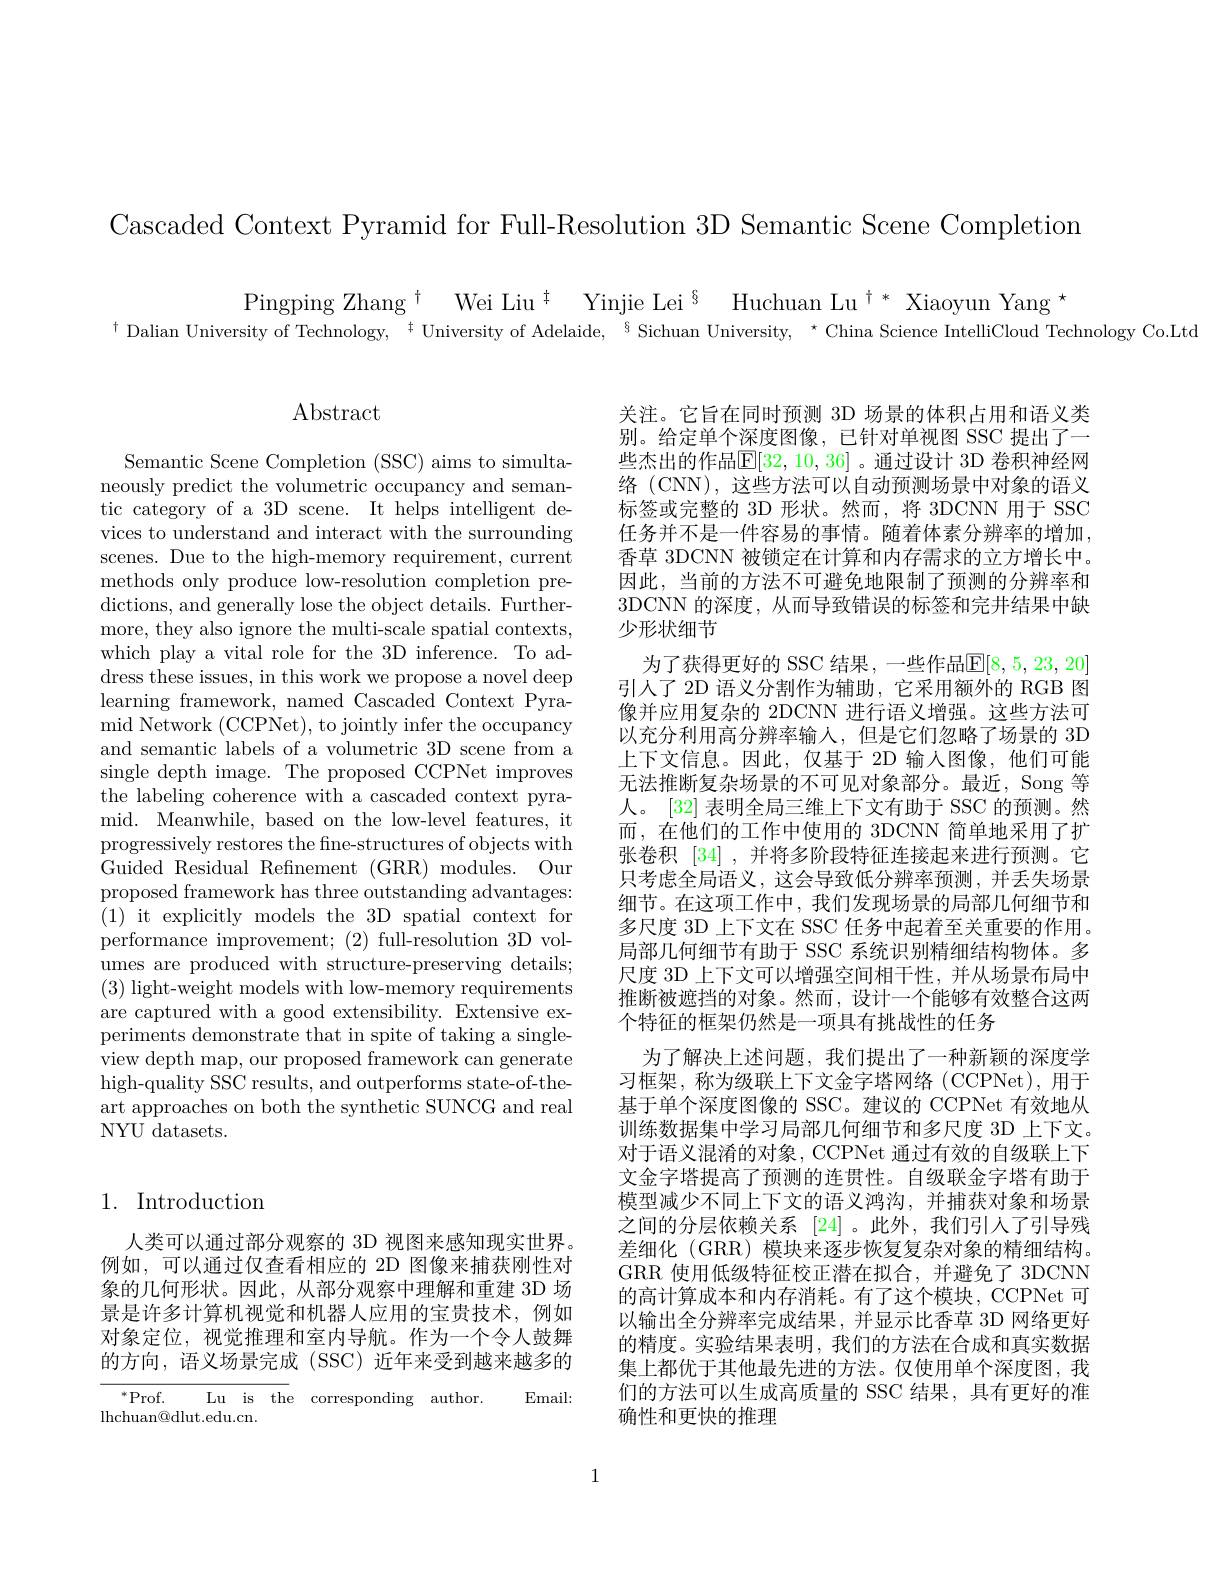
Cascaded Context Pvramid for Full-Resolution 3D Semantic Scene Completion

Pingping Zhang $^{\dagger }$ Wei Liu$^{\dagger }$ Yinjie Lei$^{\S }$ Huchuan Lu$^{\dagger*}$ Xiaoyun Yang$^{\star}$
$^{\dagger}$ Dalian University of Technology, $^{\dagger}$ University of Adelaide, $^{8}$Sichuan University, $^{\star}$ China Science IntelliCloud Technology Co.Ltd

$\operatorname{Abstract}$

Semantic Scene Completion (SSC) aims to simultaneously predict the volumetric occupancy and semantic category of a 3D scene. It helps intelligent devices to understand and interact with the surrounding scenes. Due to the high-memory requirement, current methods only produce low-resolution completion predictions, and generally lose the object details. Furthermore, they also ignore the multi-scale spatial contexts, which play a vital role for the 3D inference. To address these issues, in this work we propose a novel deep learning framework, named Cascaded Context Pyramid Network (CCPNet), to jointly infer the occupancy and semantic labels of a volumetric 3D scene from a single depth image. The proposed CCPNet improves the labeling coherence with a cascaded context pyramid. Meanwhile, based on the low-level features, it progressively restores the fine-structures of objects with Guided Residual Refnement (GRR) modules. Our proposed framework has three outstanding advantages: (1) it explicitly models the 3D spatial context for performance improvement; (2) full-resolution 3D volumes are produced with structure-preserving details; (3) light-weight models with low-memory requirements are captured with a good extensibility. Extensive experiments demonstrate that in spite of taking a singleview depth map, our proposed framework can generate high-quality SSC results, and outperforms state-of-theart approaches on both the synthetic SUNCG and real NYU datasets.

关注。它旨在同时预测 3D 场景的体积占用和语义类别。给定单个深度图像，已针对单视图 SSC 提出了一些杰出的作品$\mathbb{E}[32,10,36]$。通过设计 3D 卷积神经网络 (CNN), 这些方法可以自动预测场景中对象的语义标签或完整的 3D 形状。然而，将 3DCNN 用于 SSC 任务并不是一件容易的事情。随着体素分辨率的增加， 香草 3DCNN 被锁定在计算和内存需求的立方增长中。因此，当前的方法不可避免地限制了预测的分辨率和3DCNN 的深度，从而导致错误的标签和完井结果中缺少形状细节
为了获得更好的 SSC 结果 , 一些作品$\mathbb{E}[8,5,23,20]$ 引人了 2D 语义分割作为辅助，它采用额外的 RGB 图像并应用复杂的 2DCNN 进行语义增强。这些方法可以充分利用高分辨率输人，但是它们忽略了场景的 3D 上下文信息。因此，仅基于 2D 输人图像，他们可能无法推断复杂场景的不可见对象部分。最近，Song 等人。[32] 表明全局三维上下文有助于 SSC 的预测。然而，在他们的工作中使用的 3DCNN 简单地采用了扩张卷积[34] ,并将多阶段特征连接起来进行预测。它只考虑全局语义，这会导致低分辨率预测，并丢失场景细节。在这项工作中，我们发现场景的局部几何细节和多尺度 3D 上下文在 SSC 任务中起着至关重要的作用。局部几何细节有助于 SSC 系统识别精细结构物体。多尺度 3D 上下文可以增强空间相干性，并从场景布局中推断被遮挡的对象。然而，设计一个能够有效整合这两个特征的框架仍然是一项具有挑战性的任务
为了解决上述问题，我们提出了一种新颖的深度学习框架，称为级联上下文金字塔网络(CCPNet),用于基于单个深度图像的 SSC。建议的 CCPNet 有效地从训练数据集中学习局部几何细节和多尺度 3D 上下文。对于语义混淆的对象，CCPNet 通过有效的自级联上下文金字塔提高了预测的连贯性。自级联金字塔有助于模型减少不同上下文的语义鸿沟，并捕获对象和场景之间的分层依赖关系 [24]。此外，我们引人了引导残差细化 (GRR) 模块来逐步恢复复杂对象的精细结构。GRR 使用低级特征校正潜在拟合，并避免了 3DCNN 的高计算成本和内存消耗。有了这个模块，CCPNet 可以输出全分辨率完成结果，并显示比香草 3D 网络更好的精度。实验结果表明，我们的方法在合成和真实数据集上都优于其他最先进的方法。仅使用单个深度图，我们的方法可以生成高质量的 SSC 结果，具有更好的准确性和更快的推理

## 1. Introduction

人类可以通过部分观察的 3D 视图来感知现实世界。例如，可以通过仅查看相应的 2D 图像来捕获刚性对象的几何形状。因此，从部分观察中理解和重建 3D 场景是许多计算机视觉和机器人应用的宝贵技术，例如对象定位，视觉推理和室内导航。作为一个令人鼓舞的方向，语义场景完成(SSC)近年来受到越来越多的

$^*$Prof. Lu is the corresponding author.
Email:
lhchuan@ dlut. edu. cn.

1